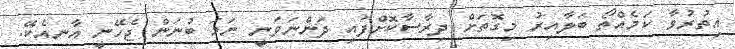
އިތުރުވާ ކަމެއްތޯ ބަލާއިރު މިގޮތަށް ދިރާސާކޮށްފައި ދަންނަވަނީ ނަމަ ބުނަން ޖެހޭނީ އާނއެކޭ.